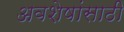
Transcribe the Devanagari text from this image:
अवशेषांसाठी